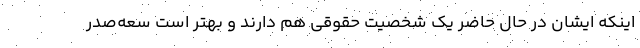
اینکه ایشان در حال حاضر یک شخصیت حقوقی هم دارند و بهتر است سعه‌صدر